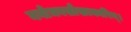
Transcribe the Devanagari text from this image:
मनोभवसौख्यकारिन्।